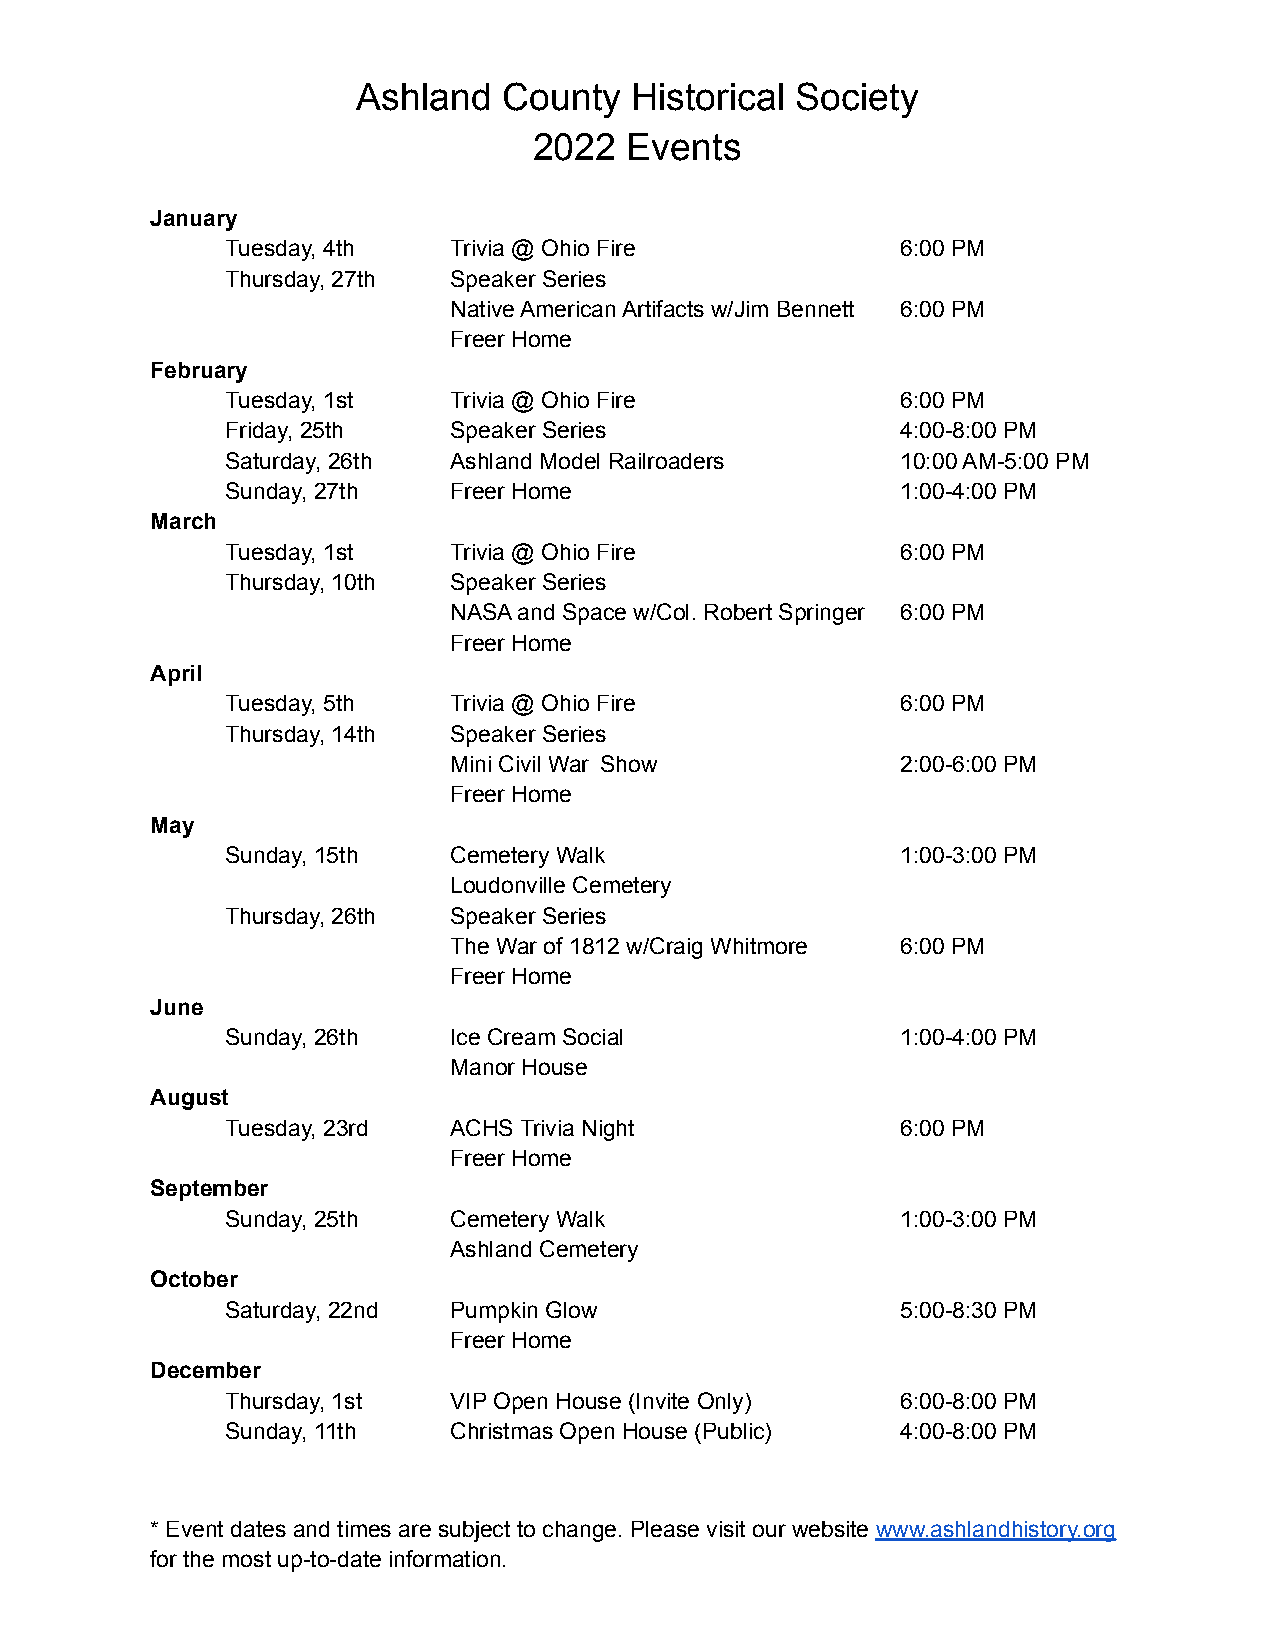
Ashland  County   Historical Society
 2022   Events
 January
 Tuesday, 4th   Trivia @ Ohio Fire            6:00 PM
 Thursday, 27th Speaker Series
 Native American Artifacts w/Jim Bennett 6:00 PM
 Freer Home
 February
 Tuesday, 1st   Trivia @ Ohio Fire            6:00 PM
 Friday, 25th   Speaker Series                4:00-8:00 PM
 Saturday, 26th Ashland Model Railroaders     10:00 AM-5:00 PM
 Sunday, 27th   Freer Home                    1:00-4:00 PM
 March
 Tuesday, 1st   Trivia @ Ohio Fire            6:00 PM
 Thursday, 10th Speaker Series
 NASA and Space w/Col. Robert Springer 6:00 PM
 Freer Home
 April
 Tuesday, 5th   Trivia @ Ohio Fire            6:00 PM
 Thursday, 14th Speaker Series
 Mini Civil War Show           2:00-6:00 PM
 Freer Home
 May
 Sunday, 15th   Cemetery Walk                 1:00-3:00 PM
 Loudonville Cemetery
 Thursday, 26th Speaker Series
 The War of 1812 w/Craig Whitmore 6:00 PM
 Freer Home
 June
 Sunday, 26th   Ice Cream Social              1:00-4:00 PM
 Manor House
 August
 Tuesday, 23rd  ACHS Trivia Night             6:00 PM
 Freer Home
 September
 Sunday, 25th   Cemetery Walk                 1:00-3:00 PM
 Ashland Cemetery
 October
 Saturday, 22nd Pumpkin Glow                  5:00-8:30 PM
 Freer Home
 December
 Thursday, 1st  VIP Open House (Invite Only)  6:00-8:00 PM
 Sunday, 11th   Christmas Open House (Public) 4:00-8:00 PM
 * Event dates and times are subject to change. Please visit our website www.ashlandhistory.org
 for the most up-to-date information.